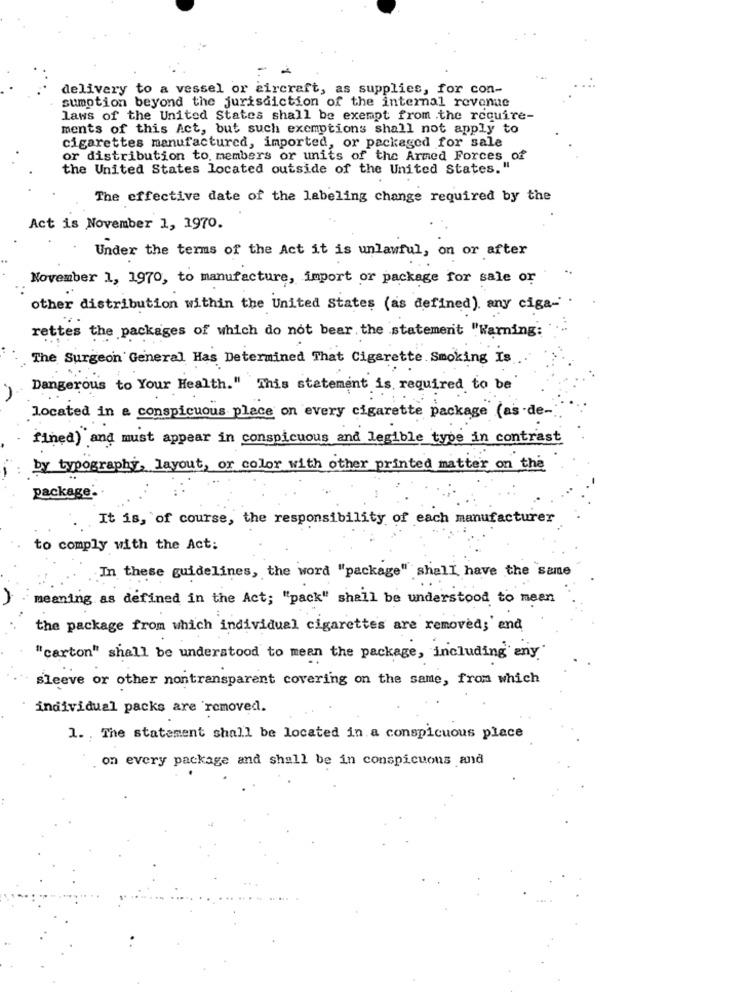
delivery to a vessel or aircraft, as supplies, for con-
sumotion beyond the jurisdiction of the internal revenue
laws of the United States shall be exempt from the require-
ments of this Act, but such exemptions shall not apply to
cigarettes manufactured, imported, or packaged for sale
or distribution to, members or units of the Armed Forces of
the United States located outside of the United States."
The effective date of the labeling change required by the
Act is November 1, 1970.
Under the terms of the Act it is unlawful, on or after
November 1, 1970, to manufacture, import or package for sale or
other distribution within the United States (as defined). any ciga- .
rettes the packages of which do not bear the statement "Warning:
The Surgeon General Has Determined That Cigarette Smoking Is
Dangerous to Your Health." This statement is required to be
located in a conspicuous place on every cigarette package (as de-
fined) and must appear in conspicuous and legible type in contrast
by typography, layout, or color with other printed matter on the
package:
It is, of course, the responsibility of each manufacturer
to comply with the Act:
In these guidelines, the word "package" shall have the same
meaning as defined in the Act; "pack" shall be understood to mean
the package from which individual cigarettes are removed;' end
"carton" shall be understood to mean the package, including any"
sleeve or other nontransparent covering on the same, from which
individual packs are removed.
1. The statement shall be located in a conspicuous place
on every package and shall be in conspicuous and